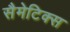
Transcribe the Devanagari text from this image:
सैमेटिक्स